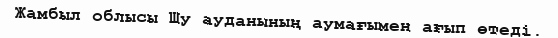
Жамбыл облысы Шу ауданының аумағымен ағып өтеді.